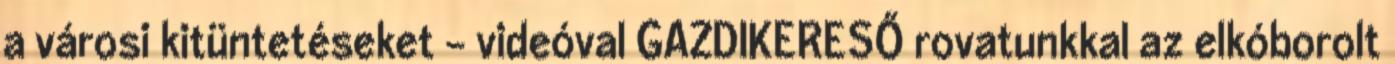
a városi kitüntetéseket - videóval GAZDIKERESŐ rovatunkkal az elkóborolt